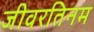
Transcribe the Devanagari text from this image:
जीवरतिनम